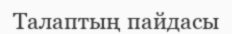
Талаптың пайдасы